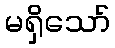
မရှိသော်